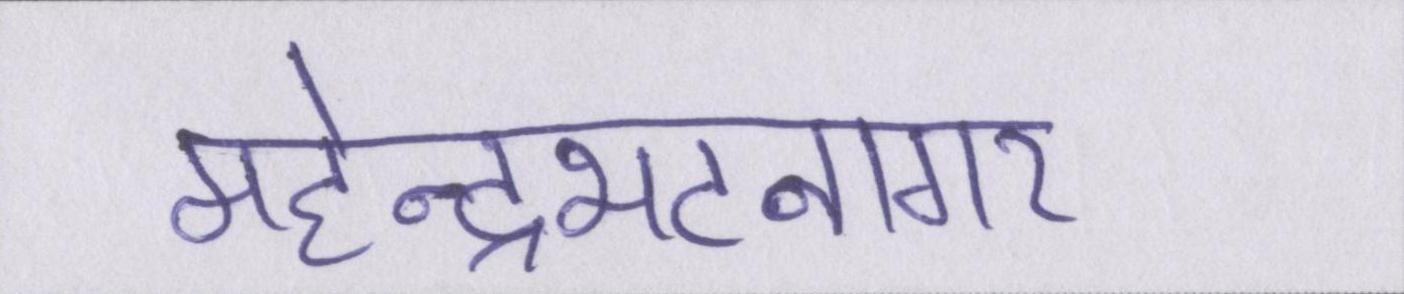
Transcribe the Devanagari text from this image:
महेन्द्रभटनागर